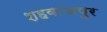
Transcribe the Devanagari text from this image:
शहवाजपुर